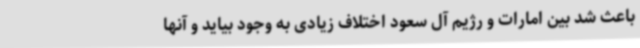
باعث شد بین امارات و رژیم آل سعود اختلاف زیادی به وجود بیاید و آنها